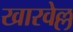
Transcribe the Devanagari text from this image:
खारवेल्ल